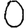
Digit: 0